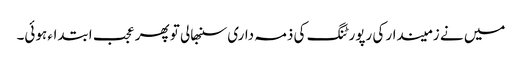
میں نے زمیندار کی رپورٹنگ کی ذمہ داری سنبھالی تو پھر عجب ابتداء ہوئی۔